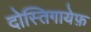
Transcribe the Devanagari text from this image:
दोस्तिगायेफ़